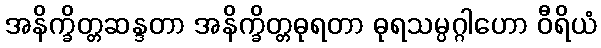
အနိက္ခိတ္တဆန္ဒတာ အနိက္ခိတ္တဓုရတာ ဓုရသမ္ပဂ္ဂါဟော ဝီရိယံ